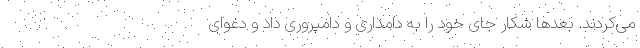
می‌کردند. بعد‌ها شکار جای خود را به دامداری و دامپروری داد و دعوای